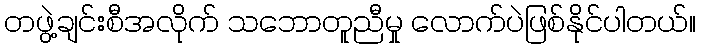
တဖွဲ့ချင်းစီအလိုက် သဘောတူညီမှု လောက်ပဲဖြစ်နိုင်ပါတယ်။